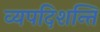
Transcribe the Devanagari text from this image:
व्यपदिशन्ति